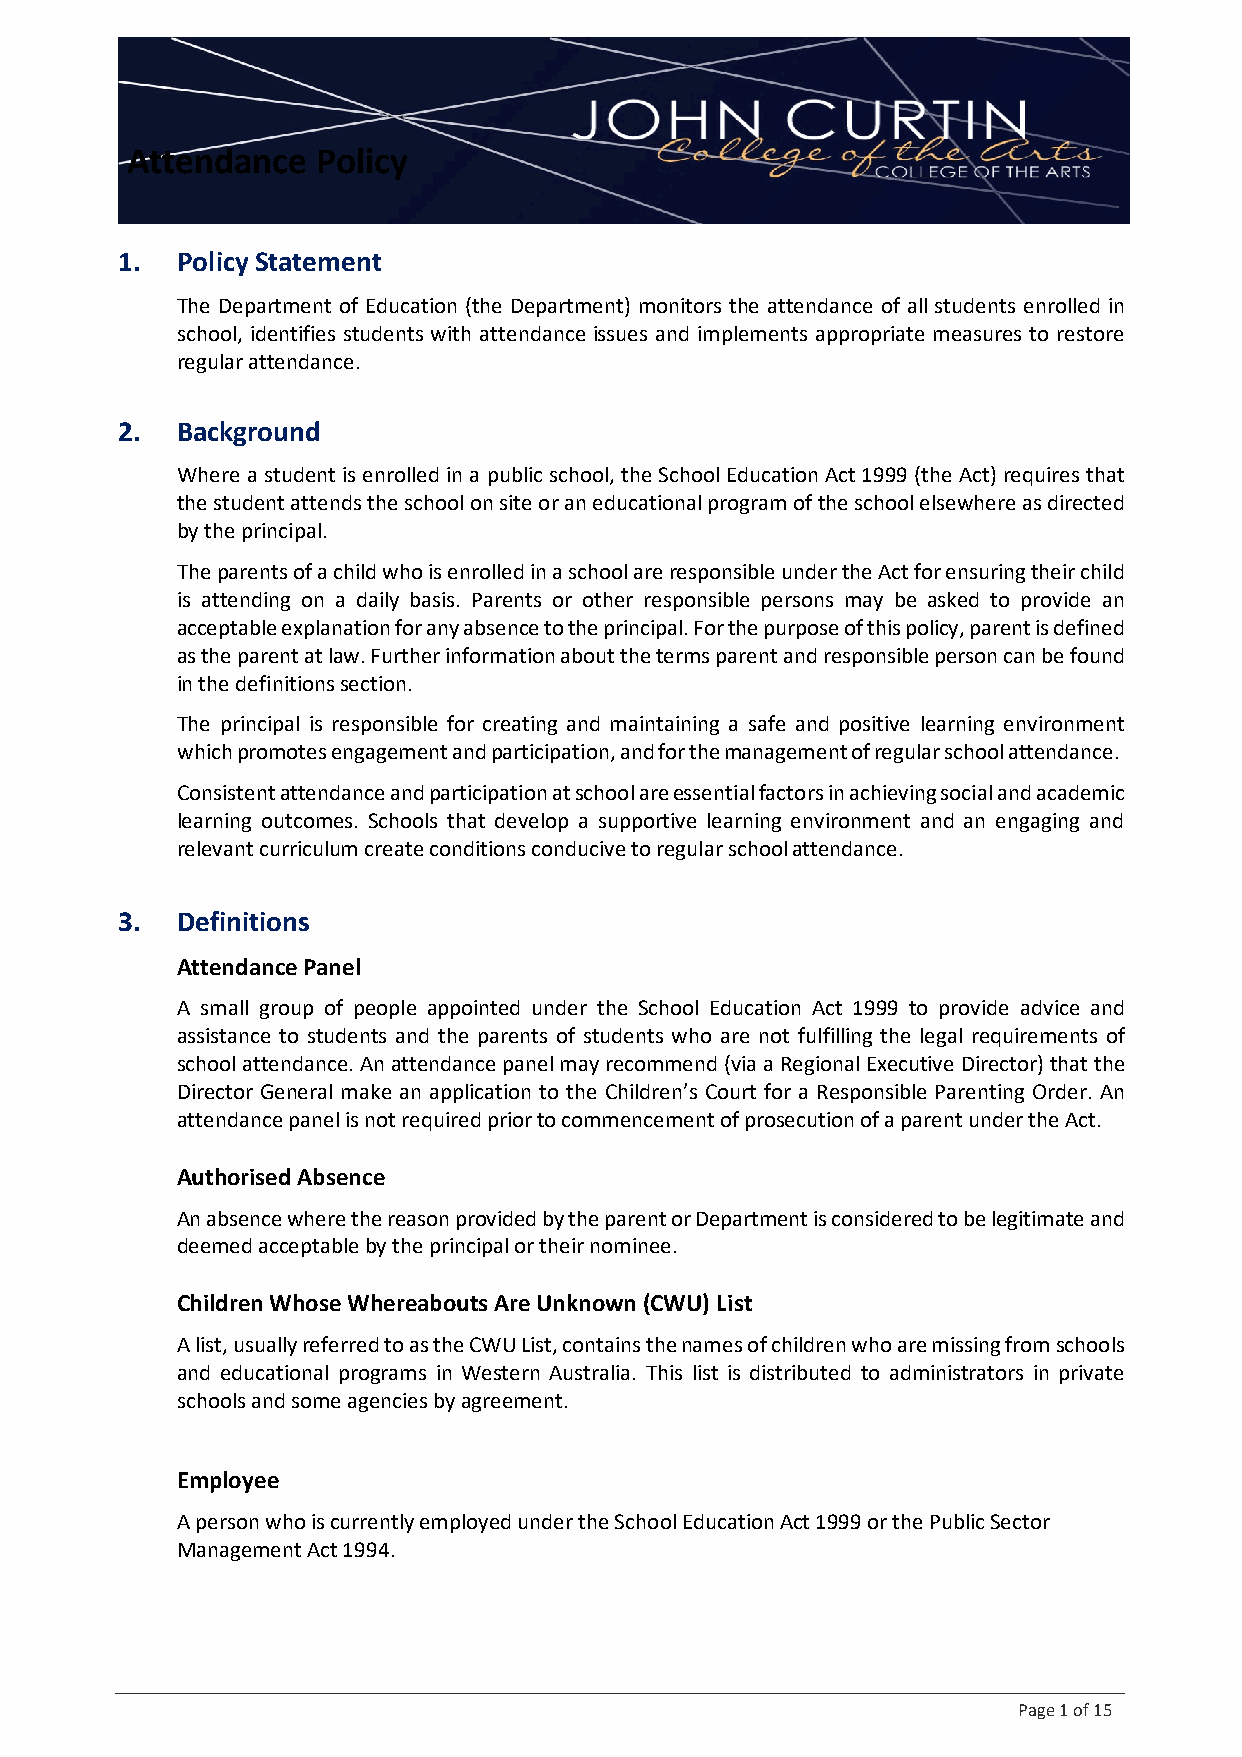
Attendance   Policy
 1.  Policy Statement
 The Department of Education (the Department) monitors the attendance of all students enrolled in
 school, identifies students with attendance issues and implements appropriate measures to restore
 regular attendance.
 2.  Background
 Where a student is enrolled in a public school, the School Education Act 1999 (the Act) requires that
 the student attends the school on site or an educational program of the school elsewhere as directed
 by the principal.
 The parents of a child who is enrolled in a school are responsible under the Act for ensuring their child
 is attending on a daily basis. Parents or other responsible persons may be asked to provide an
 acceptable explanation for any absence to the principal. For the purpose of this policy, parent is defined
 as the parent at law. Further information about the terms parent and responsible person can be found
 in the definitions section.
 The principal is responsible for creating and maintaining a safe and positive learning environment
 which promotes engagement and participation, and for the management of regular school attendance.
 Consistent attendance and participation at school are essential factors in achieving social and academic
 learning outcomes. Schools that develop a supportive learning environment and an engaging and
 relevant curriculum create conditions conducive to regular school attendance.
 3.  Definitions
 Attendance Panel
 A small group of people appointed under the School Education Act 1999 to provide advice and
 assistance to students and the parents of students who are not fulfilling the legal requirements of
 school attendance. An attendance panel may recommend (via a Regional Executive Director) that the
 Director General make an application to the Children’s Court for a Responsible Parenting Order. An
 attendance panel is not required prior to commencement of prosecution of a parent under the Act.
 Authorised Absence
 An absence where the reason provided by the parent or Department is considered to be legitimate and
 deemed acceptable by the principal or their nominee.
 Children Whose Whereabouts Are Unknown (CWU) List
 A list, usually referred to as the CWU List, contains the names of children who are missing from schools
 and educational programs in Western Australia. This list is distributed to administrators in private
 schools and some agencies by agreement.
 Employee
 A person who is currently employed under the School Education Act 1999 or the Public Sector
 Management Act 1994.
 Page 1 of 15